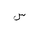
Letter: _sin